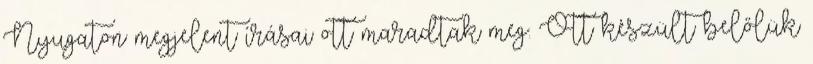
Nyugaton megjelent írásai ott maradtak meg. Ott készült belőlük